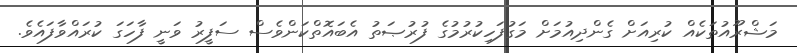
މަޝްރޫއުތަކެއް ކުރިއަށް ގެންދިއުމަށް މަގުފަހިކުރުމުގެ ފުރުޞަތު އެބައޮތްކަންވެސް ސަފީރު ވަނީ ފާހަގަ ކުރައްވާފައެވެ.